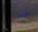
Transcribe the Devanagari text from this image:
उस्टन